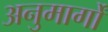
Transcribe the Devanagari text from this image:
अनुमार्गों